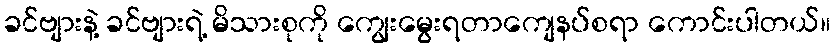
ခင်ဗျားနဲ့ ခင်ဗျားရဲ့ မိသားစုကို ကျွေးမွေးရတာကျေနပ်စရာ ကောင်းပါတယ်။